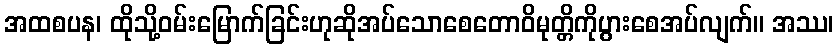
အထစပန၊ ထိုသို့ဝမ်းမြောက်ခြင်းဟုဆိုအပ်သောစေတောဝိမုတ္တိကိုပွားစေအပ်လျက်။ အဿ၊